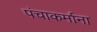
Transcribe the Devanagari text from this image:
पंचाकर्माना